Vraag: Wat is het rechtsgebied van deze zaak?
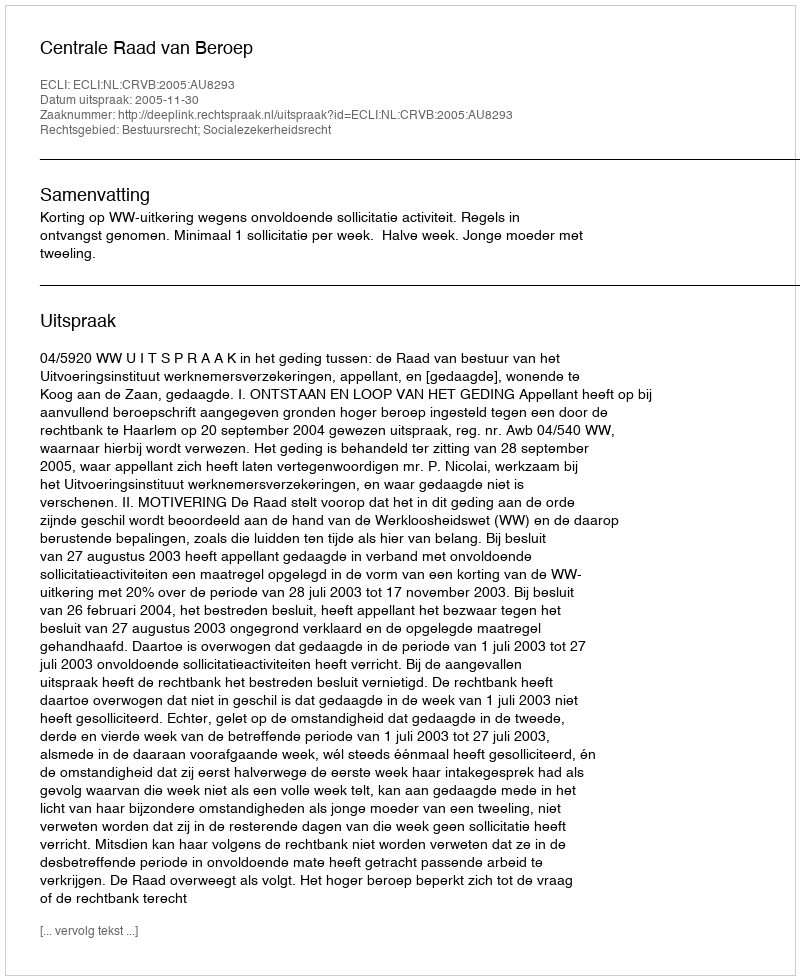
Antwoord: Bestuursrecht; Socialezekerheidsrecht